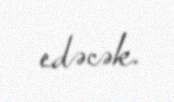
edəcək.